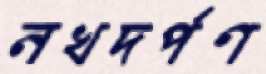
নখদর্পণ